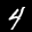
Label: 4